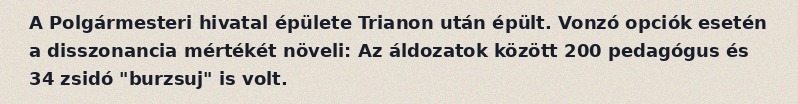
A Polgármesteri hivatal épülete Trianon után épült. Vonzó opciók esetén a disszonancia mértékét növeli: Az áldozatok között 200 pedagógus és 34 zsidó "burzsuj" is volt.